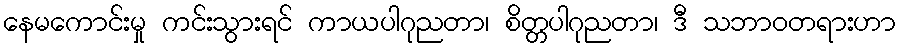
နေမကောင်းမှု ကင်းသွားရင် ကာယပါဂုညတာ၊ စိတ္တပါဂုညတာ၊ ဒီ သဘာဝတရားဟာ